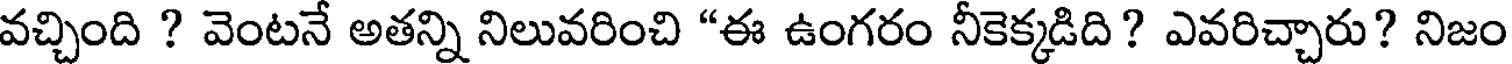
వచ్చింది ? వెంటనే అతన్ని నిలువరించి "ఈ ఉంగరం నీకెక్కడిది? ఎవరిచ్చారు? నిజం